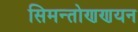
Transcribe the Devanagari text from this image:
सिमन्तोणणयन